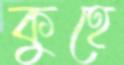
কুহে